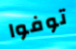
توفوا